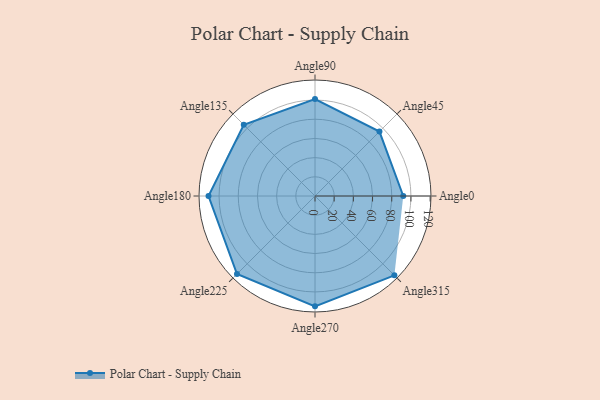
{"axis": {"x": "Angle", "y": "Radius"}, "legend": [""], "data": [{"x": "Angle0", "y": 92.0, "type": ""}, {"x": "Angle45", "y": 95.0, "type": ""}, {"x": "Angle90", "y": 101.0, "type": ""}, {"x": "Angle135", "y": 105.0, "type": ""}, {"x": "Angle180", "y": 111.0, "type": ""}, {"x": "Angle225", "y": 115.0, "type": ""}, {"x": "Angle270", "y": 115.0, "type": ""}, {"x": "Angle315", "y": 117.0, "type": ""}]}